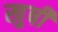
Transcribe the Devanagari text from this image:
खुषी